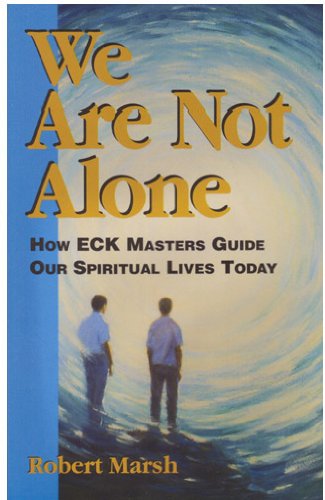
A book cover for We Are Not Alone: How Eck Masters Guide Our Lives Today; Robert Marsh; Religion & Spirituality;